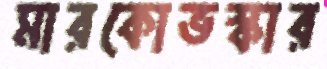
মারকোভস্কার